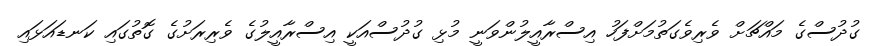
ގުދުސްގެ މައްޗަށް ވެރިވެގަތުމަށްފަހު އިސްރާއީލުންވަނީ މުޅި ގުދުސްއަކީ އިސްރާއީލުގެ ވެރިރަށުގެ ގޮތުގައި ކަނޑައަޅައި